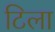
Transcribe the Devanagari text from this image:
टिला